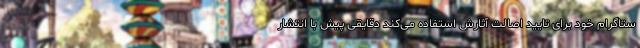
ستاگرام خود برای تایید اصالت آثارش استفاده می‌کند دقایقی پیش با انتشار